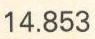
14.853